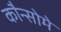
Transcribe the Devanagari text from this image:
कौन्सोमे